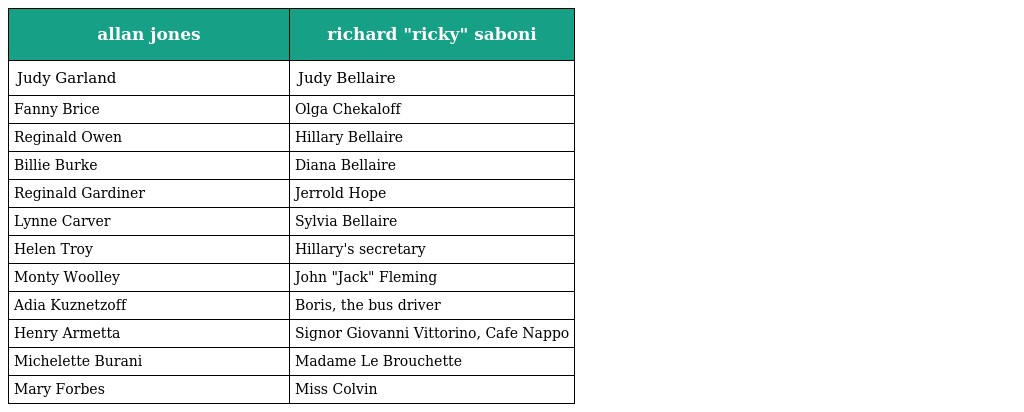
| allan jones | richard "ricky" saboni |
 | --- | --- |
 | Judy Garland | Judy Bellaire |
 | Fanny Brice | Olga Chekaloff |
 | Reginald Owen | Hillary Bellaire |
 | Billie Burke | Diana Bellaire |
 | Reginald Gardiner | Jerrold Hope |
 | Lynne Carver | Sylvia Bellaire |
 | Helen Troy | Hillary's secretary |
 | Monty Woolley | John "Jack" Fleming |
 | Adia Kuznetzoff | Boris, the bus driver |
 | Henry Armetta | Signor Giovanni Vittorino, Cafe Nappo |
 | Michelette Burani | Madame Le Brouchette |
 | Mary Forbes | Miss Colvin |